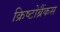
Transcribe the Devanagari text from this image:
क्रिष्टोब्रैंकस